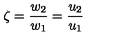
\zeta = \frac { w _ { 2 } } { w _ { 1 } } = \frac { u _ { 2 } } { u _ { 1 } }